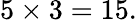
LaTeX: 5\times 3=15.